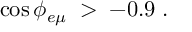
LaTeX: \cos { \phi _ { e \mu } } \; > \; - 0 . 9 \; .